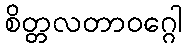
စိတ္တလတာဝဂ္ဂေါ